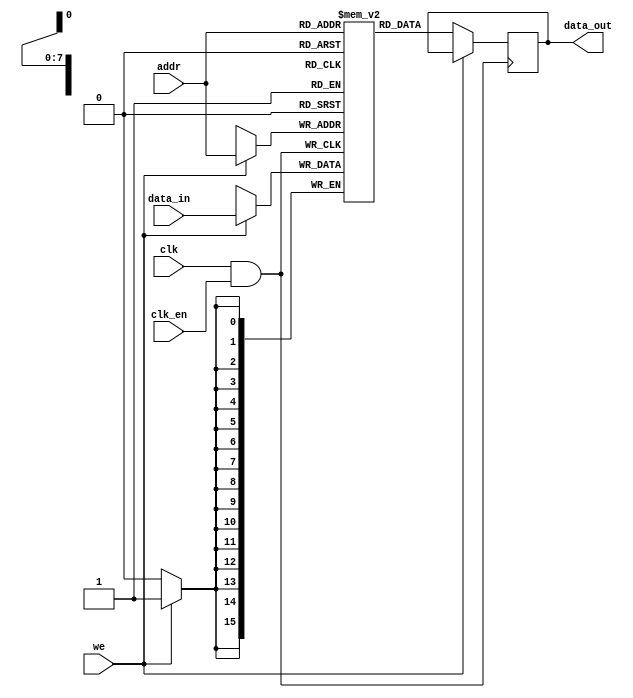
module gated_clock_memory (
    input wire clk,          // Original clock signal
    input wire clk_en,      // Clock enable signal
    input wire [7:0] addr,  // Address input
    input wire [15:0] data_in, // Data input
    input wire we,          // Write enable
    output reg [15:0] data_out // Data output
);
    // Define the memory array
    reg [15:0] memory_array [0:255]; // 256 x 16-bit memory

    // Gated clock signal
    wire gated_clk;

    // Clock gating logic (AND gate for active high enable signal)
    assign gated_clk = clk & clk_en;

    // Always block for memory operations
    always @(posedge gated_clk) begin
        if (we) begin
            // Write operation
            memory_array[addr] <= data_in;
        end
        else begin
            // Read operation
            data_out <= memory_array[addr];
        end
    end
endmodule